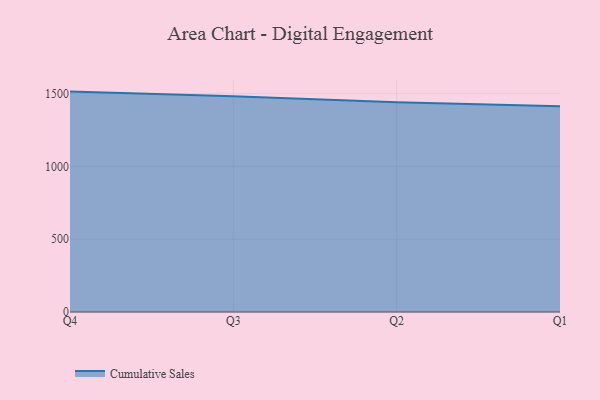
{"axis": {"x": "Quarter", "y": "Humidity (%)"}, "legend": ["Cumulative Sales"], "data": [{"x": "Q4", "y": 1513.8, "type": "Cumulative Sales"}, {"x": "Q3", "y": 1482.7, "type": "Cumulative Sales"}, {"x": "Q2", "y": 1441.4, "type": "Cumulative Sales"}, {"x": "Q1", "y": 1413.1, "type": "Cumulative Sales"}]}